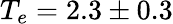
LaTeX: T_{e}=2.3\pm 0.3